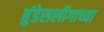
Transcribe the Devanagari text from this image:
बुंडेसलीगाच्या